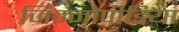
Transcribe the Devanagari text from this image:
जिम्नोपीडिया